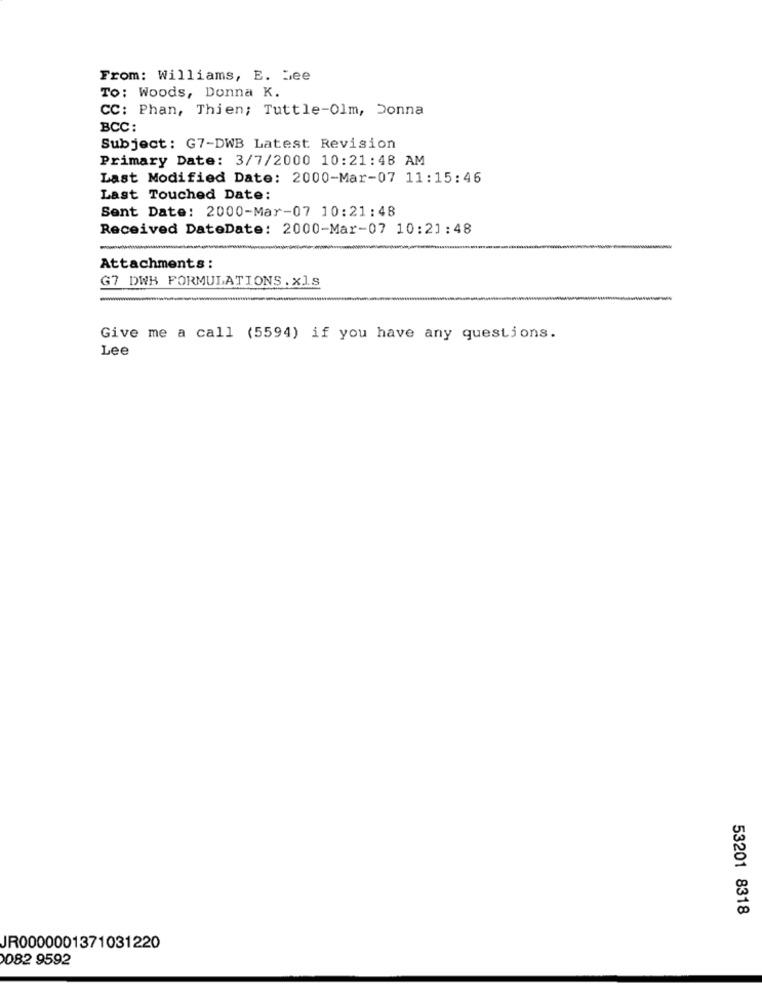
From: Williams, E. Lee
TO: Woods, Donna K.
CC: Phan, Thien; Tuttle-Olm, Donna
BCC:
Subject: G7-DWB Latest Revision
Primary Date: 3/7/2000 10:21:48 AM
Last Modified Date: 2000-Mar-07 11:15:46
Last Touched Date:
Sent Date: 2000-Mar-07 10:21:48
Received DateDate: 2000-Mar-07 10:21:48
-
Attachments :
G7 DWH FORMULATIONS. xls
Give me a call (5594) if you have any questions.
Lee
53201 8318
JR0000001371031220
082 9592